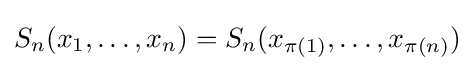
S_{n}(x_{1},\ldots ,x_{n})=S_{n}(x_{\pi (1)},\ldots ,x_{\pi (n)})